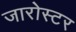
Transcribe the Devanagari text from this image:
जारोस्टर